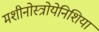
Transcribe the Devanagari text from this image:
मशीनोस्त्रोयेनिशिया